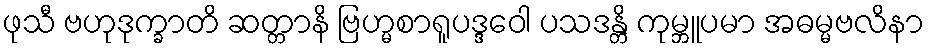
ဖုသီ ဗဟုဒုက္ခာတိ ဆတ္တာနိ ဗြဟ္မစာရူပဒ္ဒဝေါ ပသဒန္တိ ကုမ္ဘူပမာ အဓမ္မဗလိနာ